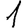
Digit: 1